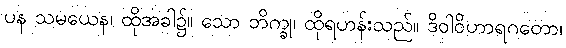
ပန သမယေန၊ ထိုအခါ၌။ သော ဘိက္ခု၊ ထိုရဟန်းသည်။ ဒိဝါဝိဟာရဂတော၊